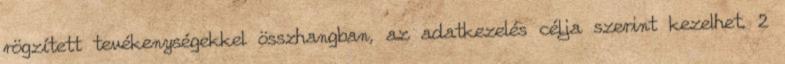
rögzített tevékenységekkel összhangban, az adatkezelés célja szerint kezelhet. 2